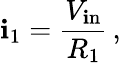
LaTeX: \mathbf{i}_{1}={\frac{{V_{\mathrm{{\mathbf{i}n}}}}}{{R_{1}}}}\, ,